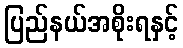
ပြည်နယ်အစိုးရနှင့်